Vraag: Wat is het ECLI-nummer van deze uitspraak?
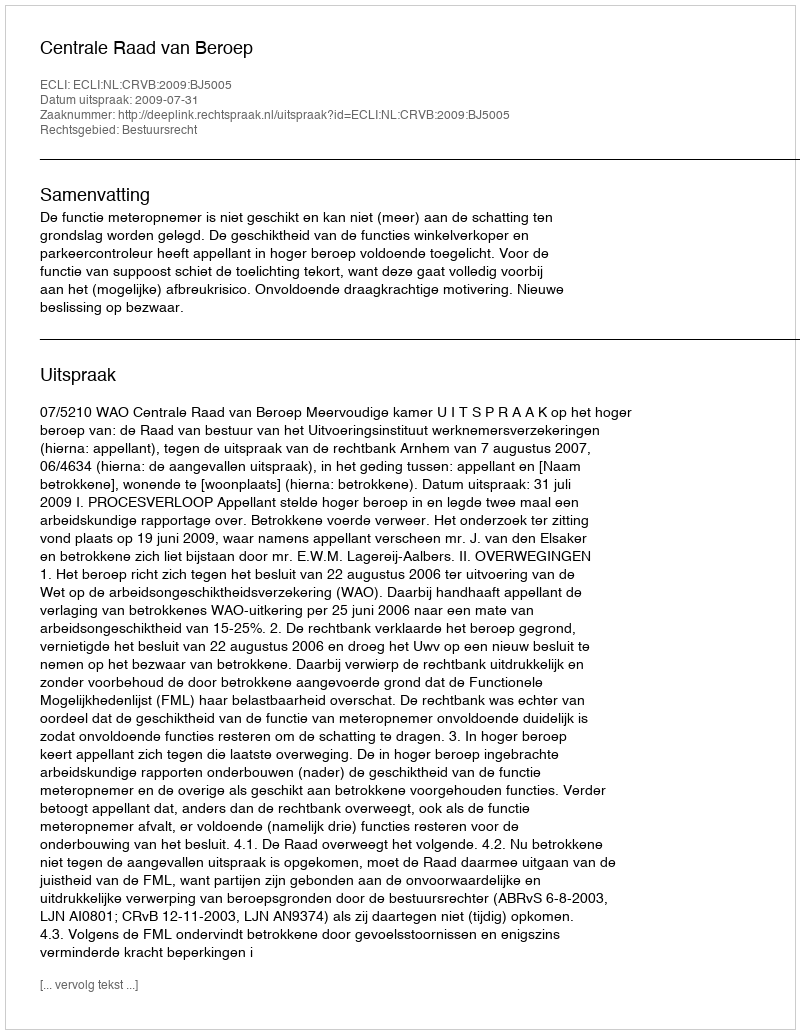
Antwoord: ECLI:NL:CRVB:2009:BJ5005